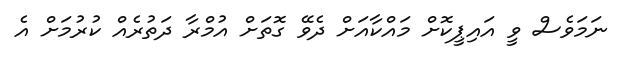
ނަމަވެސް ވީ އައިޕީކޮށް މައްކާއަށް ދެވޭ ގޮތަށް އުމްރާ ދަތުރެއް ކުރުމަށް އެ